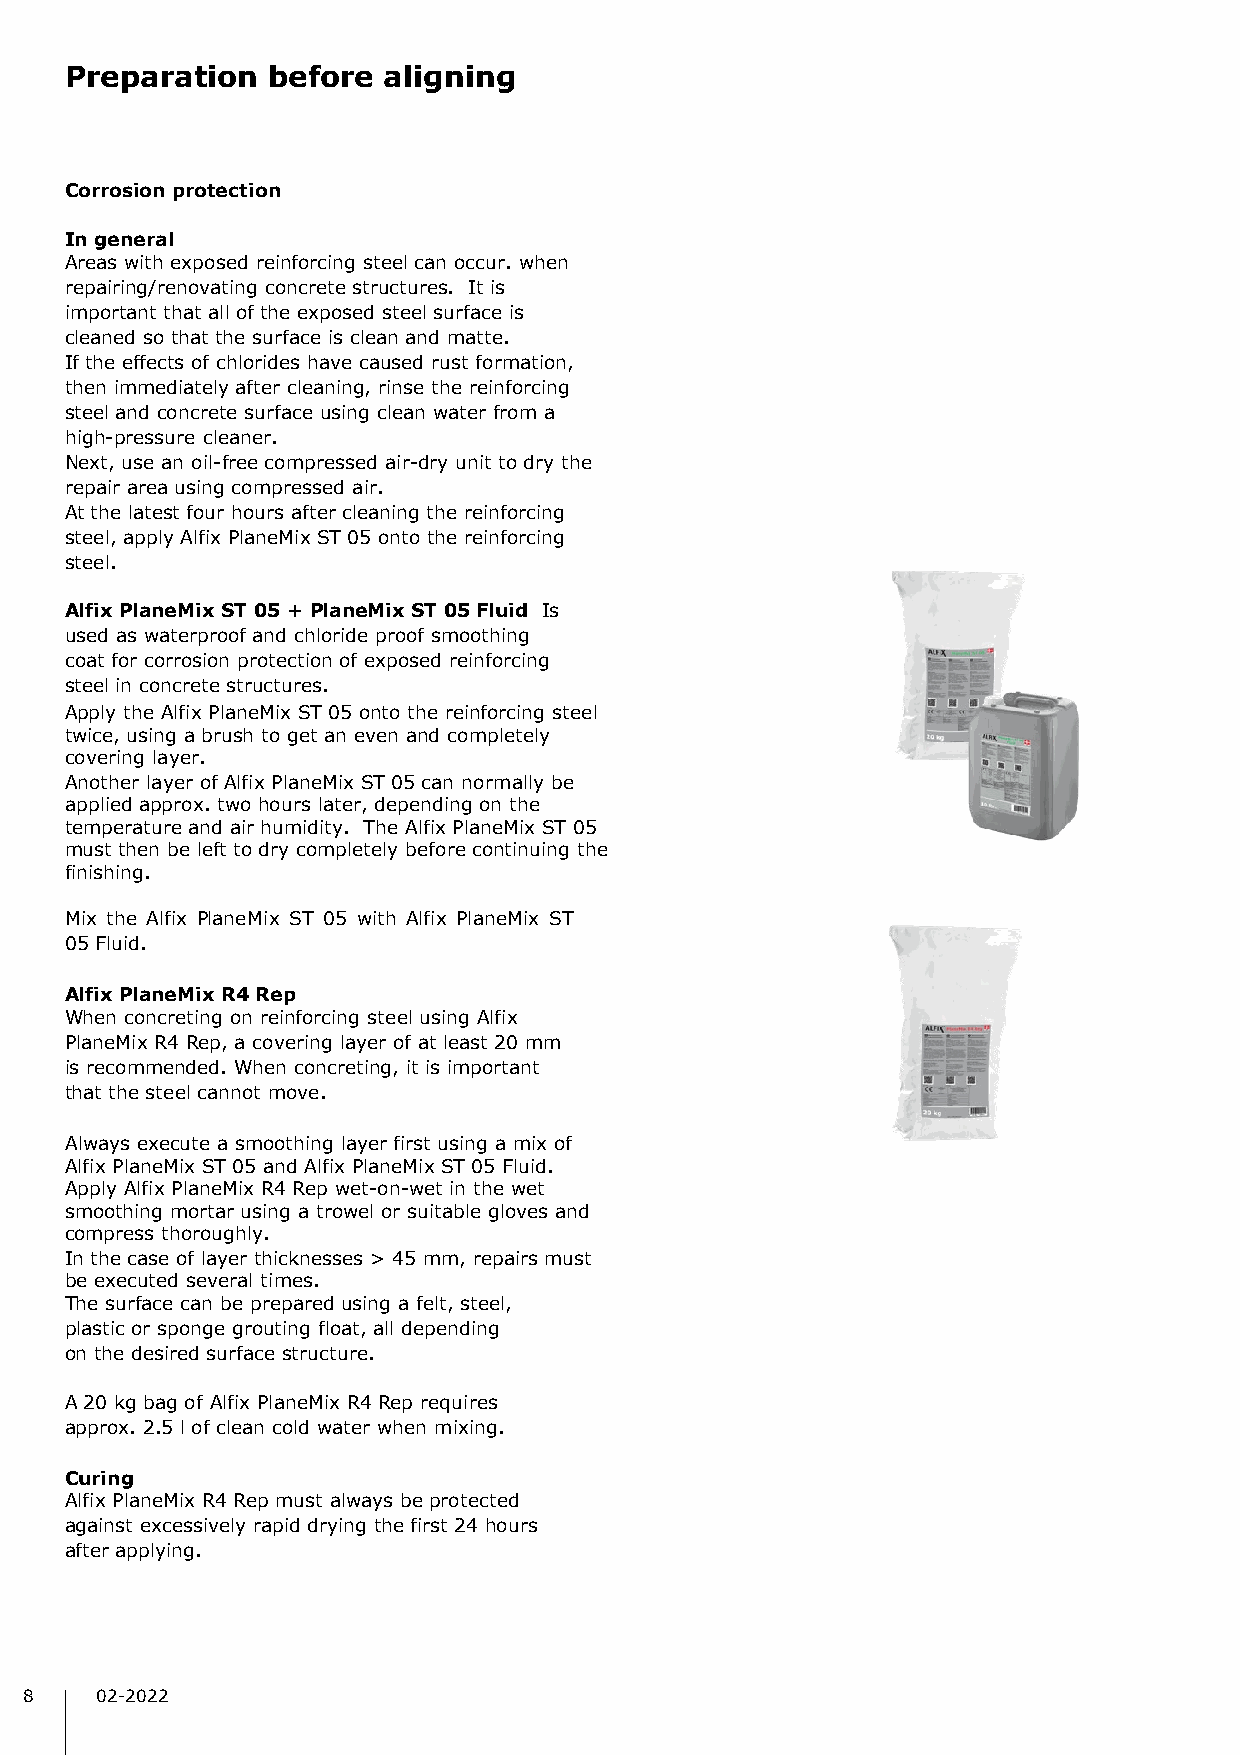
Preparation   before aligning
 Corrosion protection
 In general
 Areas with exposed reinforcing steel can occur. when
 repairing/renovating concrete structures. It is
 important that all of the exposed steel surface is
 cleaned so that the surface is clean and matte.
 If the effects of chlorides have caused rust formation,
 then immediately after cleaning, rinse the reinforcing
 steel and concrete surface using clean water from a
 high-pressure cleaner.
 Next, use an oil-free compressed air-dry unit to dry the
 repair area using compressed air.
 At the latest four hours after cleaning the reinforcing
 steel, apply Alfix PlaneMix ST 05 onto the reinforcing
 steel.
 Alfix PlaneMix ST 05 + PlaneMix ST 05 Fluid Is
 used as waterproof and chloride proof smoothing
 coat for corrosion protection of exposed reinforcing
 steel in concrete structures.
 Apply the Alfix PlaneMix ST 05 onto the reinforcing steel
 twice, using a brush to get an even and completely
 covering layer.
 Another layer of Alfix PlaneMix ST 05 can normally be
 applied approx. two hours later, depending on the
 temperature and air humidity. The Alfix PlaneMix ST 05
 must then be left to dry completely before continuing the
 finishing.
 Mix the Alfix PlaneMix ST 05 with Alfix PlaneMix ST
 05 Fluid.
 Alfix PlaneMix R4Rep
 When concreting on reinforcing steel using Alfix
 PlaneMix R4 Rep, a covering layer of at least 20 mm
 is recommended. When concreting, it is important
 that the steel cannot move.
 Always execute a smoothing layer first using a mix of
 Alfix PlaneMix ST 05 and Alfix PlaneMix ST 05 Fluid.
 Apply Alfix PlaneMix R4 Rep wet-on-wet in the wet
 smoothing mortar using a trowel or suitable gloves and
 compress thoroughly.
 In the case of layer thicknesses > 45 mm, repairs must
 be executed several times.
 The surface can be prepared using a felt, steel,
 plastic or sponge grouting float, all depending
 on the desired surface structure.
 A 20 kg bag of Alfix PlaneMix R4 Rep requires
 approx. 2.5 l of clean cold water when mixing.
 Curing
 Alfix PlaneMix R4 Rep must always be protected
 against excessively rapid drying the first 24 hours
 after applying.
 8   02-2022